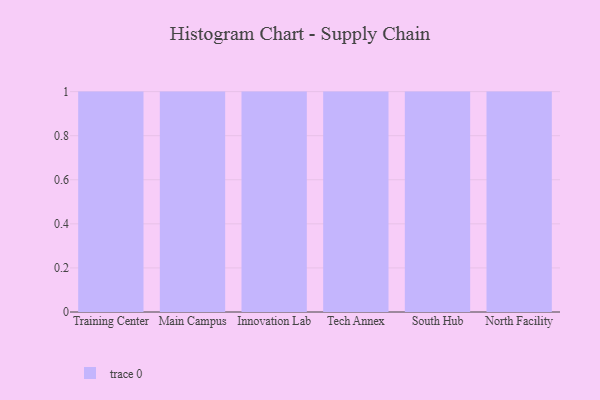
{"axis": {"x": "Campus", "y": "Tickets Resolved"}, "legend": [""], "data": [{"x": "Training Center", "y": 91, "type": ""}, {"x": "Main Campus", "y": 98, "type": ""}, {"x": "Innovation Lab", "y": 88, "type": ""}, {"x": "Tech Annex", "y": 10, "type": ""}, {"x": "South Hub", "y": 64, "type": ""}, {"x": "North Facility", "y": 64, "type": ""}]}